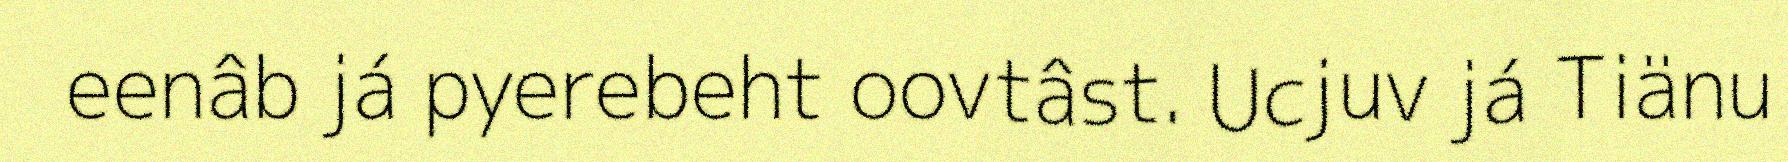
eenâb já pyerebeht oovtâst. Ucjuv já Tiänu